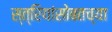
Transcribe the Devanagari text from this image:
स्त्रियांसोबतच्या